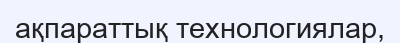
ақпараттық технологиялар,